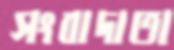
সংবাদাতা